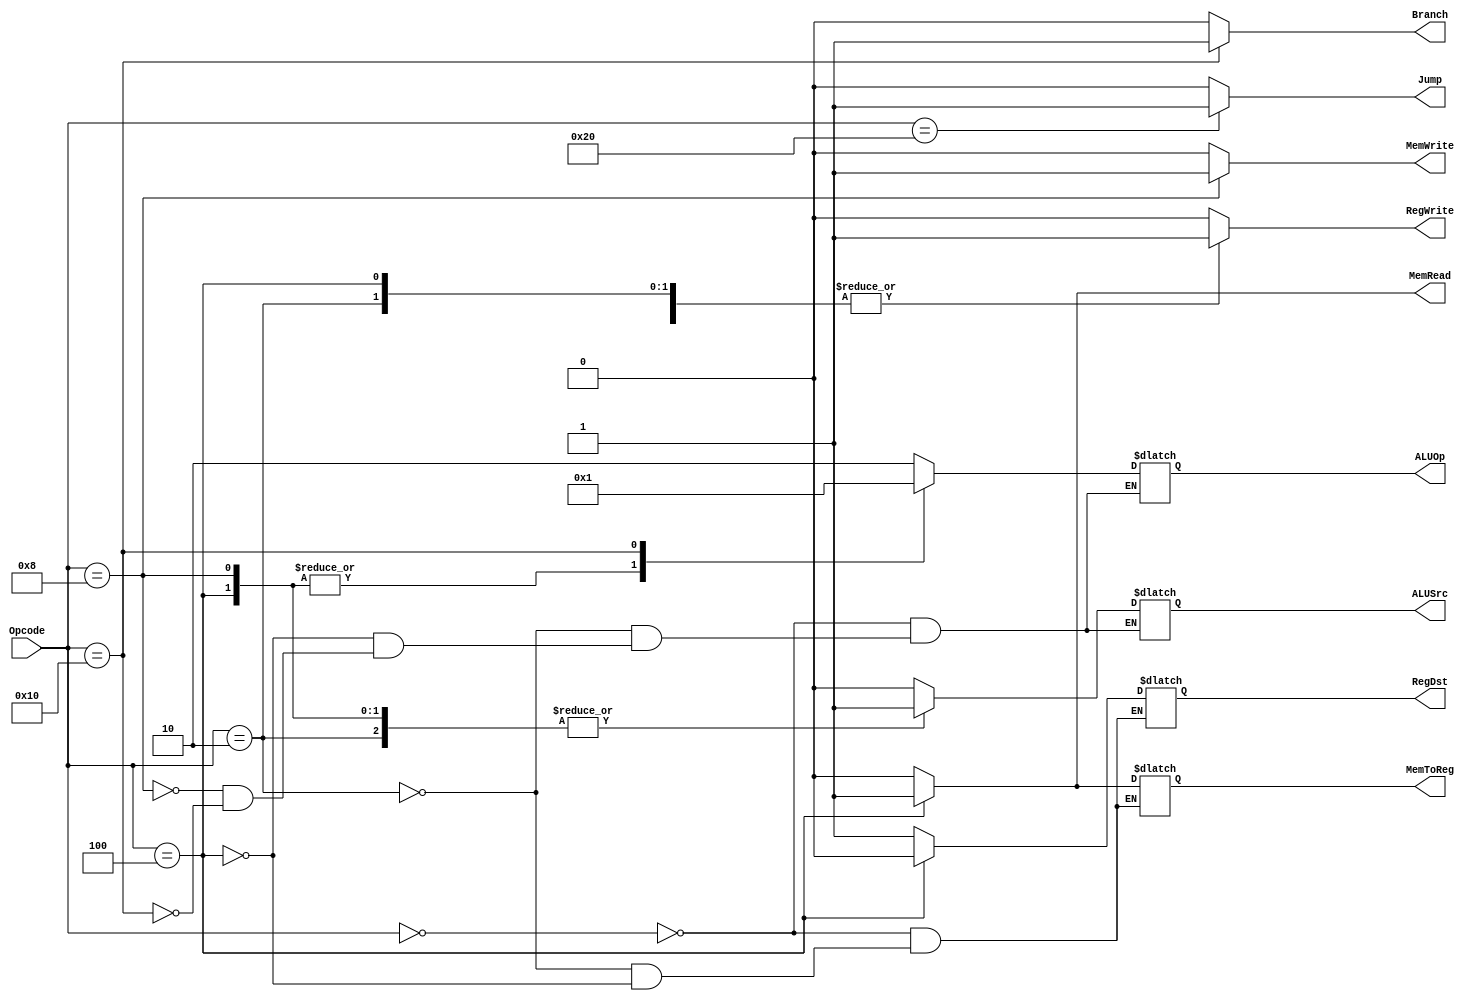
module CU(RegDst, Branch, Jump, MemRead, MemToReg, ALUOp, MemWrite, ALUSrc, RegWrite,
          Opcode);
  input [5:0] Opcode;
  output reg RegDst, Branch, Jump, MemRead, MemToReg, MemWrite, ALUSrc, RegWrite;
  output reg [1:0] ALUOp;
  
  always @ (Opcode)
  begin
    case (Opcode)
      'd 0: //R Type
      begin
        RegDst = 1;
        ALUSrc = 0;
        MemToReg = 0;
        RegWrite = 1;
        MemRead = 0;
        MemWrite = 0;
        Branch = 0;
        Jump = 0;
        ALUOp = 2'b 10;
      end
      
      'd 2: //I type Instructions
      //constant 5 bits as we are no longer using RegB.
      begin
        RegDst = 1;
        ALUSrc = 1;
        MemToReg = 0;
        RegWrite = 1;
        MemRead = 0;
        MemWrite = 0;
        Branch = 0;
        Jump = 0;
        ALUOp = 2'b 10;
        
      end
      
      'd 4: //Load Word
      begin
        RegDst = 0;
        ALUSrc = 1;
        MemToReg = 1;
        RegWrite = 1;
        MemRead = 1;
        MemWrite = 0;
        Branch = 0;
        Jump = 0;
        ALUOp = 2'b 00;
      end
      
      'd 8: //Save Word
      begin
        ALUSrc = 1;
        RegWrite = 0;
        MemRead = 0;
        MemWrite = 1;
        Branch = 0;
        Jump = 0;
        ALUOp = 2'b 00;
      end
      
      'd 16: //Branch if equal to
      begin
        ALUSrc = 0;
        RegWrite = 0;
        MemRead = 0;
        MemWrite = 0;
        Branch = 1;
        Jump = 0;
        ALUOp = 2'b 01;
      end
      
      //maybe also add branch if less than and branch if smaller than
      //need to add for I type instructions as well
      
      'd 32://Jump
      begin
        Jump = 1;
        Branch = 0;
        MemRead = 0;
        MemWrite = 0;
        RegWrite = 0;
      end
      
      default://instruction that does nothing when OpCode is wrong
      begin
        Jump = 0;
        MemRead = 0;
        MemWrite = 0;
        RegWrite = 0;
        Branch = 0;
      end
    endcase
  end
          
endmodule

module CUTB;
  wire RegDst, Branch, Jump, MemRead, MemToReg, MemWrite, ALUSrc, RegWrite;
  wire [1:0] ALUOp;
  reg [5:0] Opcode;
  CU cu(RegDst, Branch, Jump, MemRead, MemToReg, ALUOp, MemWrite, ALUSrc, RegWrite,
          Opcode);
          
  initial
  begin
    Opcode = 0;//R type
    
    #50
    Opcode = 2;//I type

    #50
    Opcode = 'd 4;//Lw

    #50
    Opcode = 'd 8;//SW
    
    #50
    Opcode = 'd 16;//Branch
    
    #50
    Opcode = 'd 32;//Jump
    
    #50
    Opcode = 'd 3;//Invalid Instrc
  end
endmodule